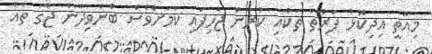
މިއޮތީ އިދިކޮޅު ފަރާތް ތަކާއި ކުރަން ޖެހިފައި ކަމަށްވެސް ބުނެވިދާނެ ޖާގަ ތަައް